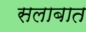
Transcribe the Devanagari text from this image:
सलाबात